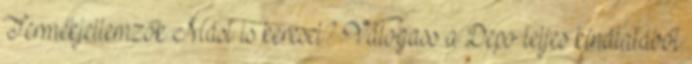
Termékjellemzők Mást is keresel? Válogass a Depo teljes kínálatából